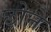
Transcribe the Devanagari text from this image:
छोने